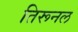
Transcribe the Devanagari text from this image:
तिरूनल